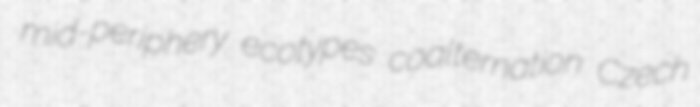
mid-periphery ecotypes coalternation Czech